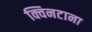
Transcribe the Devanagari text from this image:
क्विनटाना